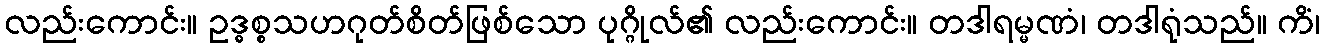
လည်းကောင်း။ ဥဒ္ဓစ္စသဟဂုတ်စိတ်ဖြစ်သော ပုဂ္ဂိုလ်၏ လည်းကောင်း။ တဒါရမ္မဏံ၊ တဒါရုံသည်။ ကိံ၊